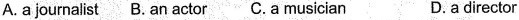
A.a journalist B. An actor C. A musician D. A director